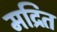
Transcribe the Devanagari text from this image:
मद्रित